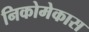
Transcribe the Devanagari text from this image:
निकोमेकास